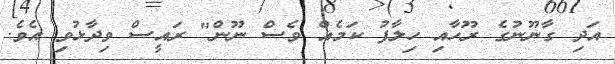
އަދި ގާނޫނުގެ ރޫހާއި ހިލާފު ކަމެއް ވެސް ނޫން" ރައީސް ވިދާޅުވި އެވެ.